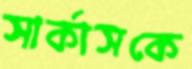
সার্কাসকে